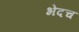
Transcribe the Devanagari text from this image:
भेदच